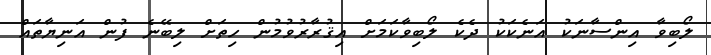
ލޯބިވާ އިންސާނަކު އަނެކަކު ދެކެ ލޯބިވާކަމަށް އިޤުރާރުވުމުން ހިތަށް ލިބޭނެ ފުން އަނިޔާތައް